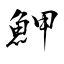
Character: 魻